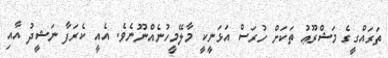
ތަރައްގީގެ މަޝްރޫޢު ތަކަށް ހުރަސް އަޅަނީކީ މާލޭމީހުނެއްނޫނެވެ. އެއީ ކެރަފާ ނަޝީދު އާއި